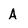
Character: A